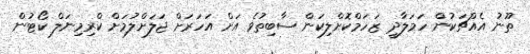
ތޫނު އެއްޗަކުން ހަމަލާދީ ޒަހަމްކޮށްލިކަން ސާބިތުވެ އަށް އަހަރަށް ޖަލަށްލުމަށް ކްރިމިނަލް ކޯޓުން